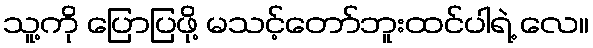
သူ့ကို ပြောပြဖို့ မသင့်တော်ဘူးထင်ပါရဲ့ လေ။